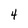
Character: 4